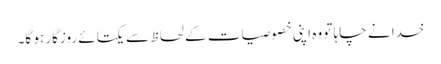
خدا نے چاہا تو وہ اپنی خصوصیات کے لحاظ سے یکتائے روزگار ہو گا۔